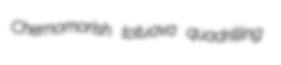
Chernomorish totuava quadrilling